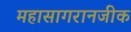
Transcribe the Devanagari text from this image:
महासागरानजीक